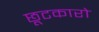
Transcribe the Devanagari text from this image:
छूटकारो